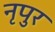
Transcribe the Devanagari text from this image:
नृपुर